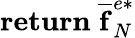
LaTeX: \mathbf{return}\; \mathbf{\overline{{f}}}_{N}^{e*}